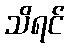
သိရင်